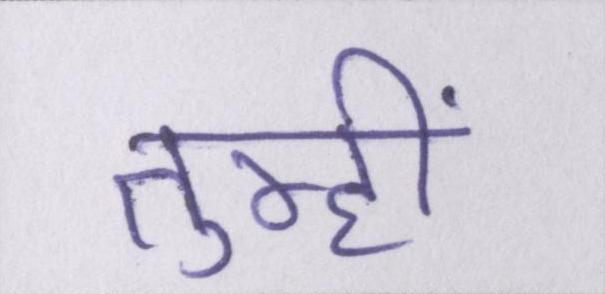
तुम्हीं